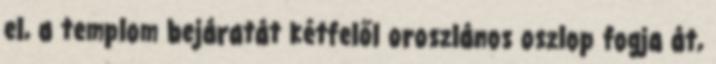
el, a templom bejáratát kétfelől oroszlános oszlop fogja át,